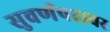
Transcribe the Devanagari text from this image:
सुवर्णपदावर